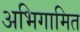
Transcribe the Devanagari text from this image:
अभिगामित